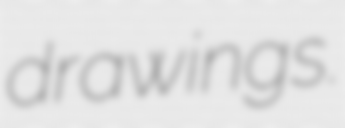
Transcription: drawings.